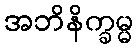
အဘိနိက္ခမ္မ